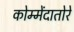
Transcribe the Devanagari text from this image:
कोम्मेंदातोरे